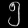
Digit: ၅